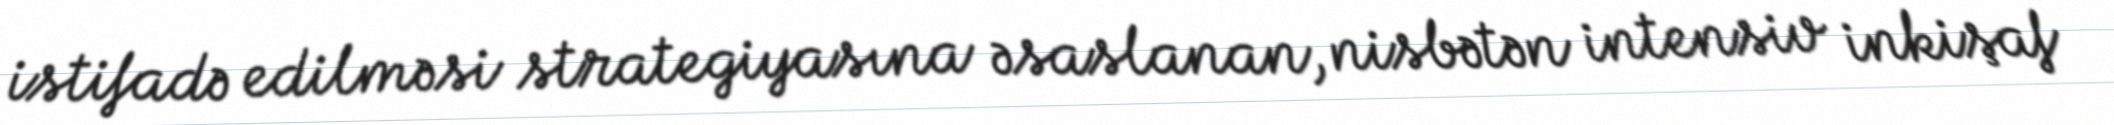
istifadə edilməsi strategiyasına əsaslanan, nisbətən intensiv inkişaf